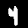
Label: 4